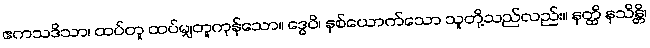
ဧကသဒိသာ၊ ထပ်တူ ထပ်မျှတူကုန်သော။ ဒွေပိ၊ နှစ်ယောက်သော သူတို့သည်လည်း။ နတ္ထိ နသိန္တိ၊